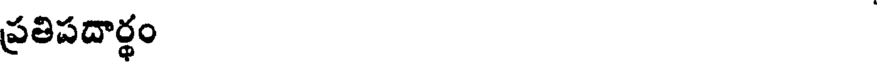
ప్రతిపదార్థం